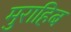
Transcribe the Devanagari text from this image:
मुराहिब